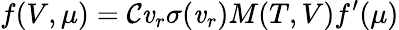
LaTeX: f(V,\mu)=\mathcal{C}\mathit{v}_{r}\sigma(\mathit{v}_{r})M(T,V)f^{\prime}(\mu)